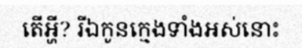
តើអ្ហី? រីឯកូនក្មេងទាំងអស់នោះ